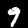
Label: 9